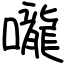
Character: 嚨